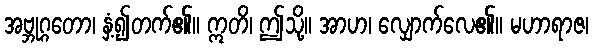
အဗ္ဘုဂ္ဂတော၊ နှံ့၍တက်၏။ ဣတိ၊ ဤသို့။ အာဟ၊ လျှောက်လေ၏။ မဟာရာဇ၊